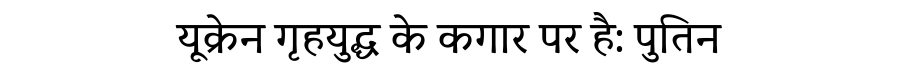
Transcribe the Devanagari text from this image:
यूक्रेन गृहयुद्ध के कगार पर है: पुतिन